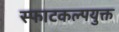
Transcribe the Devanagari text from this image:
स्फाटकल्पयुक्त